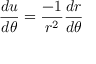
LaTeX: { \frac { d u } { d \theta } } = { \frac { - 1 } { r ^ { 2 } } } { \frac { d r } { d \theta } }